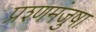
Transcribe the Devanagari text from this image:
प्रश्णमंजुषा